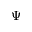
\Psi